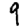
Digit: 9